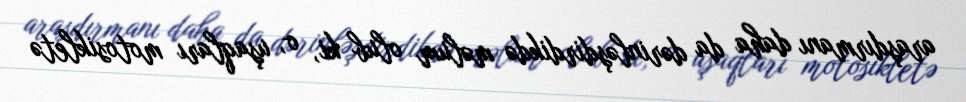
araşdırmanı daha da dərinləşdirdikdə məlum olub ki, o, uşaqları motosikletə